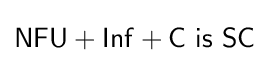
{\mathsf {NFU+Inf}}+{\mathsf {C\ is\ SC}}